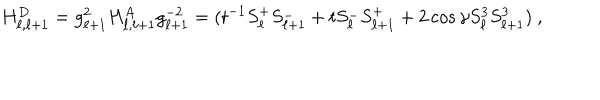
H _ { \ell , \ell + 1 } ^ { D } = g _ { \ell + 1 } ^ { 2 } H _ { \ell , \ell + 1 } ^ { A } g _ { \ell + 1 } ^ { - 2 } = ( t ^ { - 1 } S _ { \ell } ^ { + } S _ { \ell + 1 } ^ { - } + t S _ { \ell } ^ { - } S _ { \ell + 1 } ^ { + } + 2 \cos \gamma S _ { \ell } ^ { 3 } S _ { \ell + 1 } ^ { 3 } ) \ ,